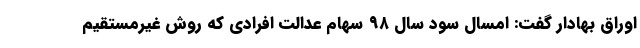
اوراق بهادار گفت: امسال سود سال ۹۸ سهام عدالت افرادی که روش غیرمستقیم